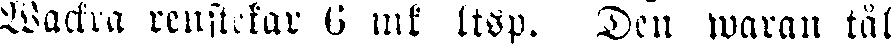
Wackra renstekar 6 mk ltsp. Den waran tål